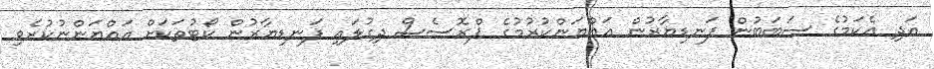
އަދި އެކަމުގެ ސަބަބުން ފަނޑިޔާރުން އައްޔަންކުރުމުގެ ޕްރޮސެސް ދިގުލައި ފަނޑިޔާރުން ކޯޓުތަކަށް އައްޔަންނުކުރެވި